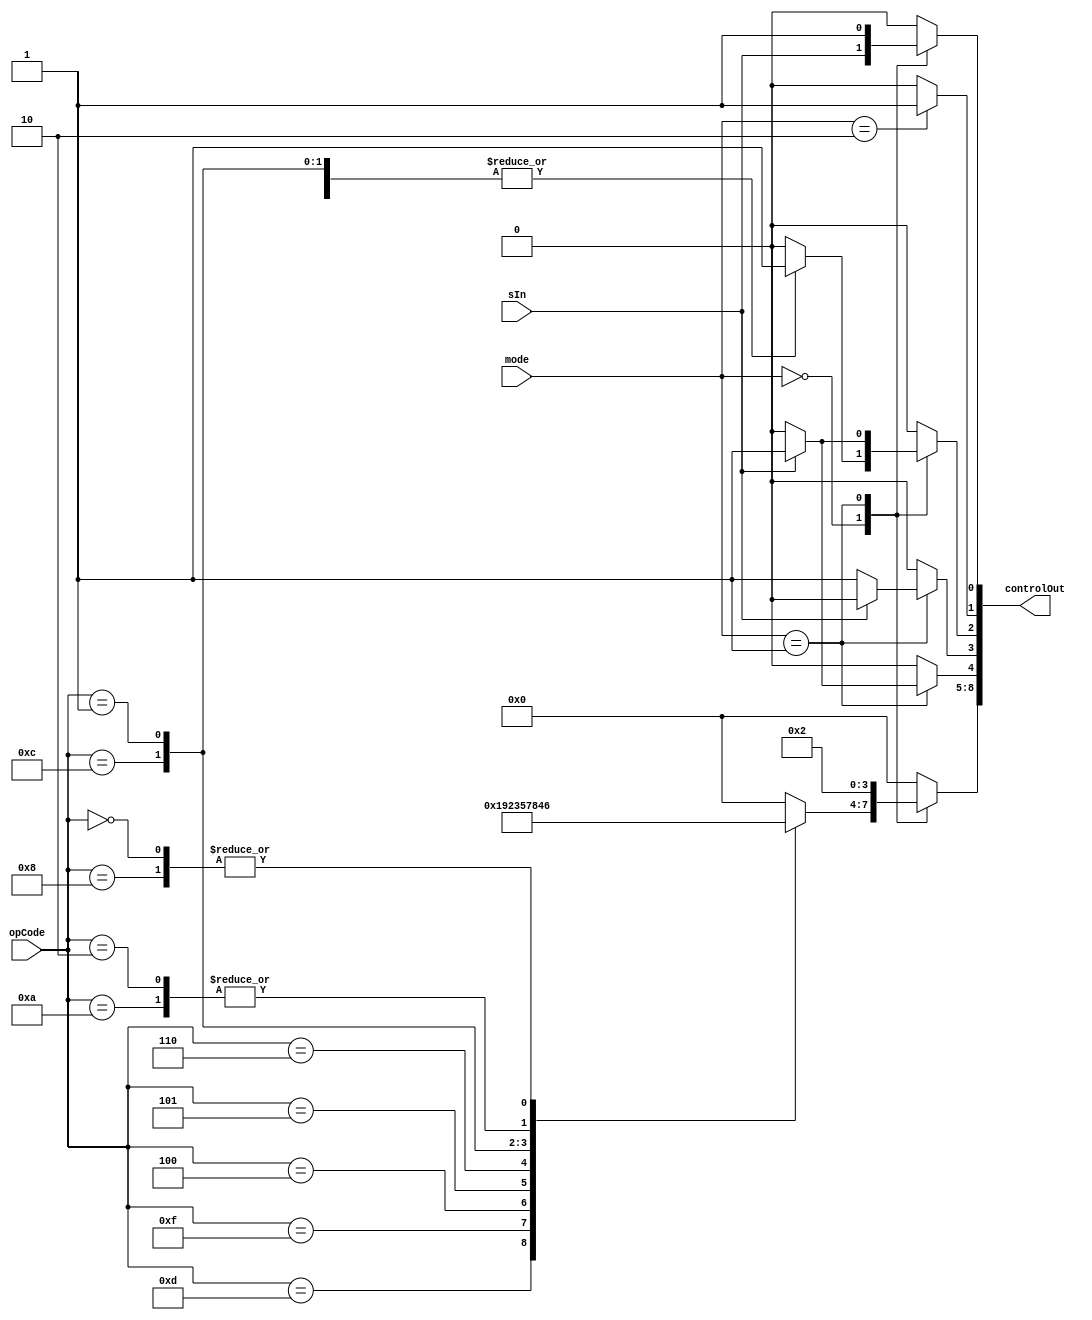
module Control_Unit(
    input[1:0] mode,
    input[3:0] opCode,
    input sIn,
    output[8:0] controlOut
);
    reg[3:0] exeCmd_ID;
    reg memReadEn_ID, memWriteEn_ID, writeBackEn, b, sOut;

    always @(mode or opCode or sIn) begin
        {exeCmd_ID, memReadEn_ID, memWriteEn_ID, writeBackEn, b, sOut} = 9'b0;
        case(mode)
            2'b00: begin
                sOut <= sIn;
                case(opCode)
                    4'b1101: {exeCmd_ID, writeBackEn} <= {4'b0001, 1'b1}; //MOVE
                    4'b1111: {exeCmd_ID, writeBackEn} <= {4'b1001, 1'b1}; //MVN
                    4'b0100: {exeCmd_ID, writeBackEn} <= {4'b0010, 1'b1}; //ADD
                    4'b0101: {exeCmd_ID, writeBackEn} <= {4'b0011, 1'b1}; //ADC
                    4'b0010: {exeCmd_ID, writeBackEn} <= {4'b0100, 1'b1}; //SUB
                    4'b0110: {exeCmd_ID, writeBackEn} <= {4'b0101, 1'b1}; //SBC
                    4'b0000: {exeCmd_ID, writeBackEn} <= {4'b0110, 1'b1}; //AND
                    4'b1100: {exeCmd_ID, writeBackEn} <= {4'b0111, 1'b1}; //ORR
                    4'b0001: {exeCmd_ID, writeBackEn} <= {4'b1000, 1'b1}; //EOR
                    4'b1010: exeCmd_ID <= 4'b0100;                        //CMP
                    4'b1000: exeCmd_ID <= 4'b0110;                        //TST
                endcase
            end

            2'b01: begin
                exeCmd_ID <= 4'b0010;
                sOut <= 1'b1;
                case(sIn)
                    1'b1: {memReadEn_ID, writeBackEn} <= {1'b1, 1'b1}; //LDR
                    1'b0: memWriteEn_ID <= 1'b1;                       //STR
                endcase
            end
            
            2'b10:
                b <= 1'b1;

        endcase
    end        
    assign controlOut = {exeCmd_ID, memReadEn_ID, memWriteEn_ID, writeBackEn, b, sOut};
endmodule